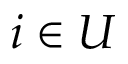
i \in U